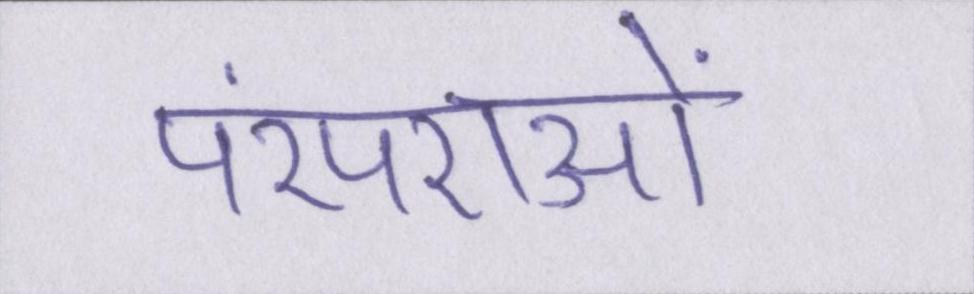
परंपराओं